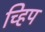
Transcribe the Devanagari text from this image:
च्हिप